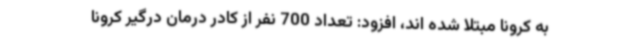
به کرونا مبتلا شده اند، افزود: تعداد 700 نفر از کادر درمان درگیر کرونا